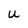
Character: u